Report on vaccination in Madras 1904-1921 - 1904-1921
Year: 1904
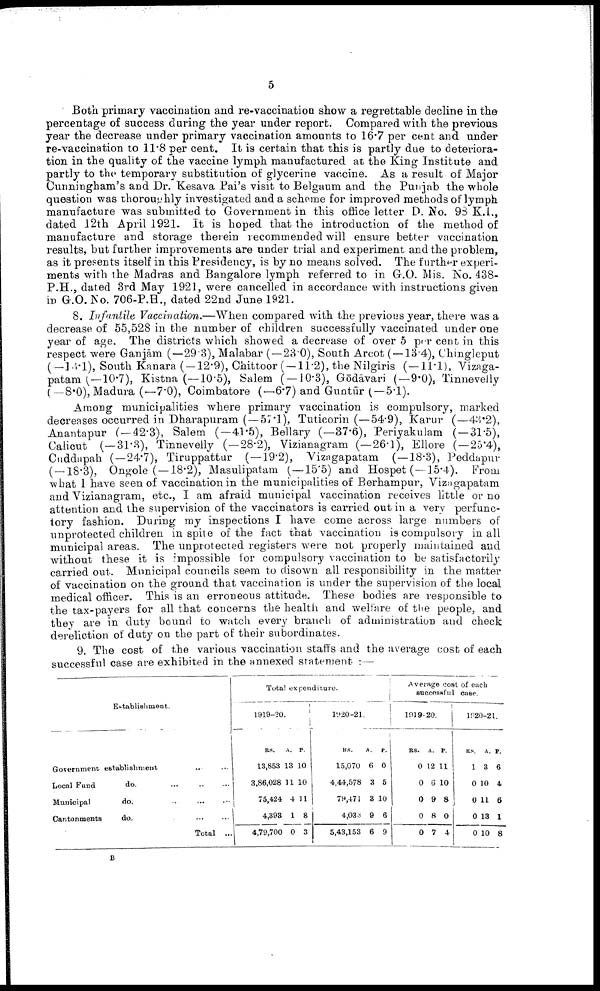
5
Both primary vaccination and re-vaccination show a regrettable decline in the
percentage of success during the year under report. Compared with the previous
year the decrease under primary vaccination amounts to 16.7 per cent and under
re-vaccination to 11.8 per cent. It is certain that this is partly due to deteriora
tion in the quality of the vaccine lymph manufactured at the King Institute and
partly to the temporary substitution of glycerine vaccine. As a result of Major
Cunningham's and Dr. Kesava Pai's visit to Belgaum and the Punjab the whole
question was thoroughly investigated and a scheme for improved methods of lymph
manufacture was submitted to Government in this office letter D. No. 98 K.I.,
dated 12th April 1921. It is hoped that the introduction of the method of
manufacture and storage therein recommended will ensure better vaccination
results, but further improvements are under trial and experiment and the problem,
as it presents itself in this Presidency, is by no means solved. The further experi
ments with the Madras and Bangalore lymph referred to in G.O. Mis. No. 438¬
P.H., dated 3rd May 1921, were cancelled in accordance with instructions given
in G.O. No. 706-P.H., dated 22nd June 1921.
8. Infantile Vaccination.—When compared with the previous year, there was a
decrease of 55,528 in the number of children successfully vaccinated under one
year of age. The districts which showed a decrease of over 5 per cent in this
respect were Ganjām (—29.3), Malabar (—23.0), South Arcot (—13.4), Chingleput
(—13.1), South Kanara (—12.9), Chittoor (—11.2), the Nilgiris (—11.1), Vizaga¬
patam (—10.7), Kistna (—10.5), Salem (—10.3), Gōdāvari (—9.0), Tinnevelly
(—8.0), Madura (—7.0), Coimbatore (—6.7) and Guntūr ( — 5.1).
Among municipalities where primary vaccination is compulsory, marked
decreases occurred in Dharapuram ( — 57.1), Tuticorin (—54.9), Karur (—43.2),
Anantapur ( — 42.3), Salem (—41.5), Bellary (—37.6), Periyakulam ( — 31.5),
Calicut (—31.3), Tinnevelly (—28.2), Vizianagram (—26.1), Ellore (—25.4),
Cuddapah (—24.7), Tiruppattur (—19.2), Vizagapatam (—18.3), Peddapur
( — 18.3), Ongole (—18.2), Masulipatam (—15.5) and Hospet (—15.4). From
what I have seen of vaccination in the municipalities of Berhampur, Vizagapatam
and Vizianagram, etc., I am afraid municipal vaccination receives little or no
attention and the supervision of the vaccinators is carried out in a very perfunc
tory fashion. During my inspections I have come across large numbers of
unprotected children in spite of the fact that vaccination is compulsory in all
municipal areas. The unprotected registers were not properly maintained and
without these it is impossible for compulsory vaccination to be satisfactorily
carried out. Municipal councils seem to disown all responsibility in the matter
of vaccination on the ground that vaccination is under the supervision of the local
medical officer. This is an erroneous attitude. These bodies are responsible to
the tax-payers for all that concerns the health and welfare of the people, and
they are in duty bound to watch every branch of administration and check
dereliction of duty on the part of their subordinates.
9. The cost of the various vaccination staffs and the average cost of each
successful case are exhibited in the annexed statement :—
Establishment.
Government establishment ... ...
Local Fund
do.
...
...
...
Municipal
do. ... ... ...
Cantonments
do. ... ... ...
Total ..
Total expenditure.
1919-20.
RS.
13,853
3,86,028
75,424
4,393
4,79,700
A.
13
11
4
1
0
P.
10
10
11
8
3
l920-21.
RS.
15,070
4,44,578
79,471
4,033
5,43,153
A.
6
3
3
9
6
P.
0
5
10
6
9
Average cost of each
successful case.
1919-20.
RS.
0
0
0
0
0
A.
12
6
9
8
7
P.
11
10
8
0
4
1020-21.
RS.
1
0
0
0
0
A.
3
10
11
13
10
P.
6
4
6
1
8
B